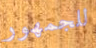
للجمهور